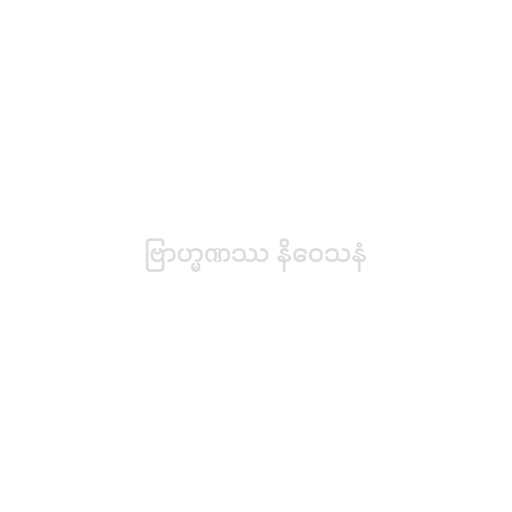
ဗြာဟ္မဏဿ နိဝေသနံ